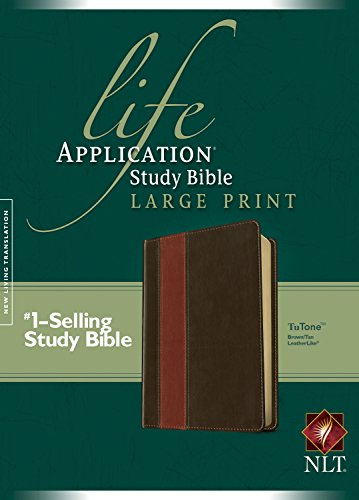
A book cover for Life Application Study Bible NLT, Large Print, TuTone; Christian Books & Bibles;